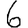
Digit: 6